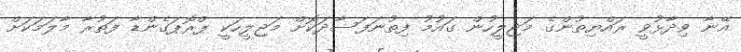
އޭނާ ވިދާޅުވީ ރައްޔިތުންގެ މަޖިލީހުން ގައުމު ފިތުނަފަސާދަކޮށް މަޖިލީހަކީ ޕްރޮޕަގެންޑާ ފަތުރާ މާލަމަކަށް